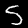
Digit: 5